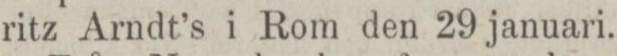
ritz Arndt’s i Rom den 29 januari.